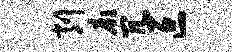
削廊冗叵